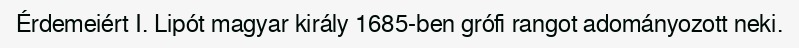
Érdemeiért I. Lipót magyar király 1685-ben grófi rangot adományozott neki.